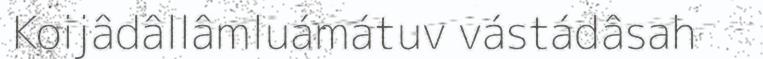
Koijâdâllâmluámátuv vástádâsah